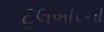
ટૂલબારના